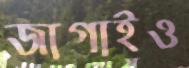
জাগাইও